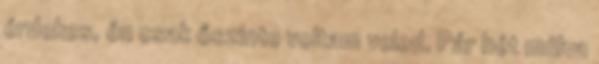
érdekes, én csak őszinte voltam veled. Pár hét múlva